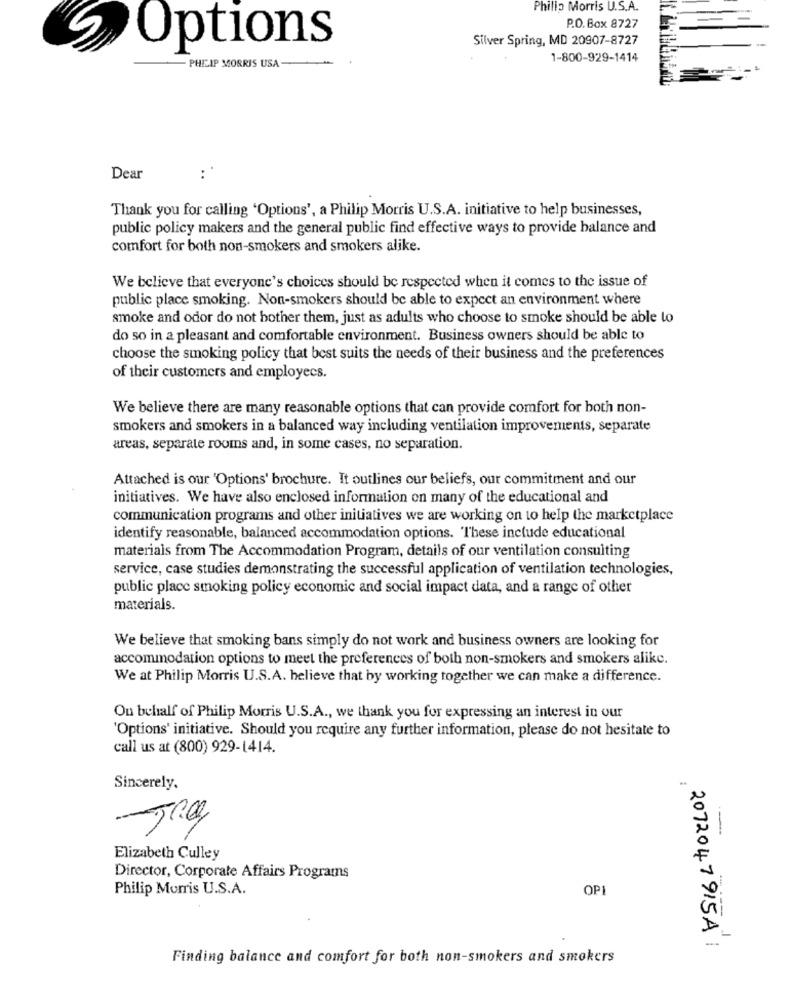
Philip Morris U.S.A.
P.O. Box 8727
Silver Spring, MD 20907-8727
Options
1-800-929-1414
PHILIP MORRIS USA
Dear
Thank you for calling 'Options', a Philip Morris U.S.A. initiative to help businesses,
public policy makers and the general public find effective ways to provide balance and
comfort for both non-smokers and smokers alike.
We believe that everyone's choices should be respected when it comes to the issue of
public place smoking. Non-smokers should be able to expect an environment where
smoke and odor do not bother them, just as adults who choose to smoke should be able to
do so in a pleasant and comfortable environment. Business owners should be able to
choose the smoking policy that best suits the needs of their business and the preferences
of their customers and employees.
We believe there are many reasonable options that can provide comfort for both non-
smokers and smokers in a balanced way including ventilation improvements, separate
areas, separate rooms and, in some cases, no separation.
Attached is our 'Options' brochure. It outlines our beliefs, our commitment and our
initiatives. We have also enclosed information on many of the educational and
communication programs and other initiatives we are working on to help the marketplace
identify reasonable, balanced accommodation options. These include educational
materials from The Accommodation Program, details of our ventilation consulting
service, case studies demonstrating the successful application of ventilation technologies,
public place smoking policy economic and social impact data, and a range of other
materials.
We believe that smoking bans simply do not work and business owners are looking for
accommodation options to meet the preferences of both non-smokers and smokers alike.
We at Philip Morris U.S.A. believe that by working together we can make a difference.
On behalf of Philip Morris U.S.A ., we thank you for expressing an interest in our
'Options' initiative. Should you require any further information, please do not hesitate to
call us at (800) 929-1414.
Sincerely.
Elizabeth Culley
Director, Corporate Affairs Programs
Philip Morris U.S.A.
OPI
2072047915A
Finding balance and comfort for both non-smokers and smokers